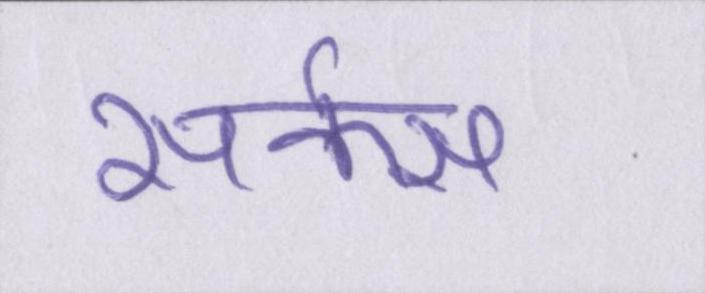
सर्कस